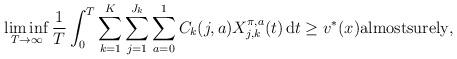
LaTeX: \begin{align*} \liminf_{T\to\infty} \frac{1}{T}\int_{0}^T \sum_{k=1}^K\sum_{j=1}^{J_k}\sum_{a=0}^{1} C_{k}(j,a)X_{j,k}^{\pi,a}(t) \,\mathrm{d}t \geq v^*(x)\mbox{almostsurely},\end{align*}